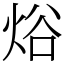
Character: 焀